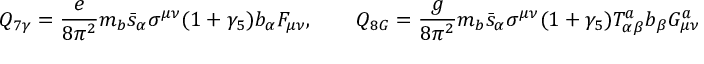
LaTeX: Q _ { 7 \gamma } = \frac { e } { 8 \pi ^ { 2 } } m _ { b } \bar { s } _ { \alpha } \sigma ^ { \mu \nu } ( 1 + \gamma _ { 5 } ) b _ { \alpha } F _ { \mu \nu } , \qquad Q _ { 8 G } = \frac { g } { 8 \pi ^ { 2 } } m _ { b } \bar { s } _ { \alpha } \sigma ^ { \mu \nu } ( 1 + \gamma _ { 5 } ) T _ { \alpha \beta } ^ { a } b _ { \beta } G _ { \mu \nu } ^ { a }